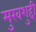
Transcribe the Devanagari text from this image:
मुखशुद्दी